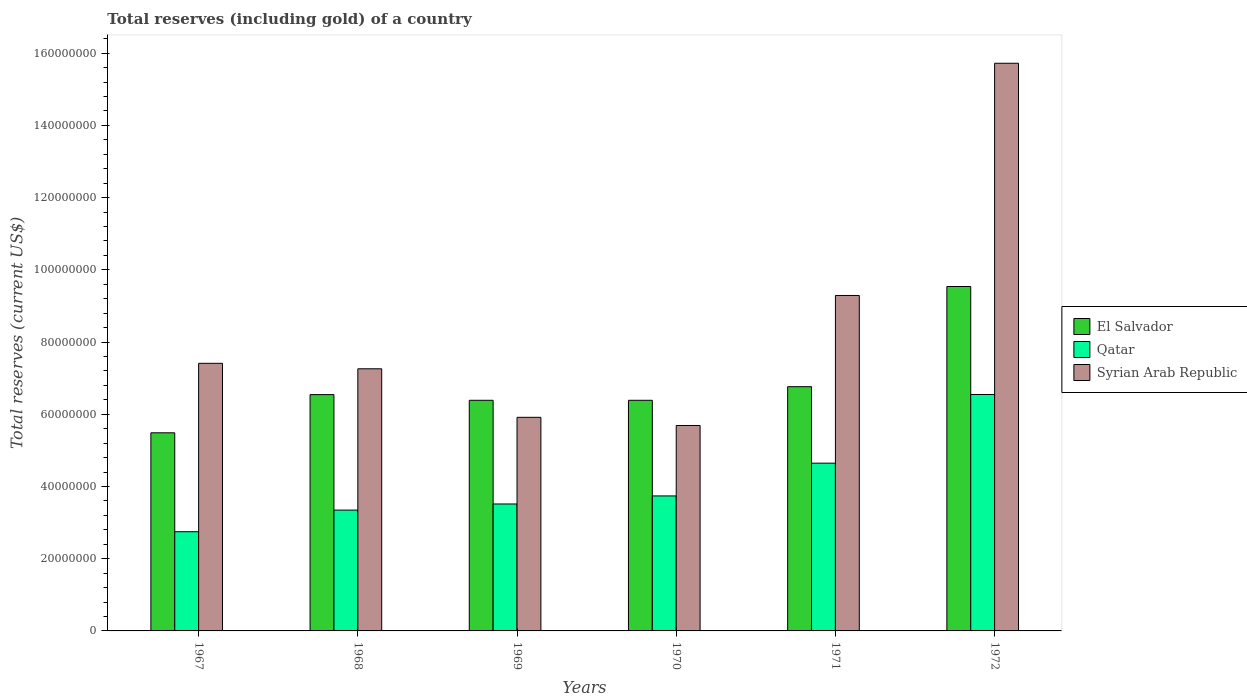
| Years | El Salvador | Qatar | Syrian Arab Republic |
 | --- | --- | --- | --- |
 | 1967 | 5.49e+07 | 2.75e+07 | 7.41e+07 |
 | 1968 | 6.54e+07 | 3.35e+07 | 7.26e+07 |
 | 1969 | 6.39e+07 | 3.52e+07 | 5.92e+07 |
 | 1970 | 6.39e+07 | 3.74e+07 | 5.69e+07 |
 | 1971 | 6.76e+07 | 4.65e+07 | 9.29e+07 |
 | 1972 | 9.54e+07 | 6.55e+07 | 1.57e+08 |